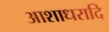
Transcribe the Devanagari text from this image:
आशाधरादि